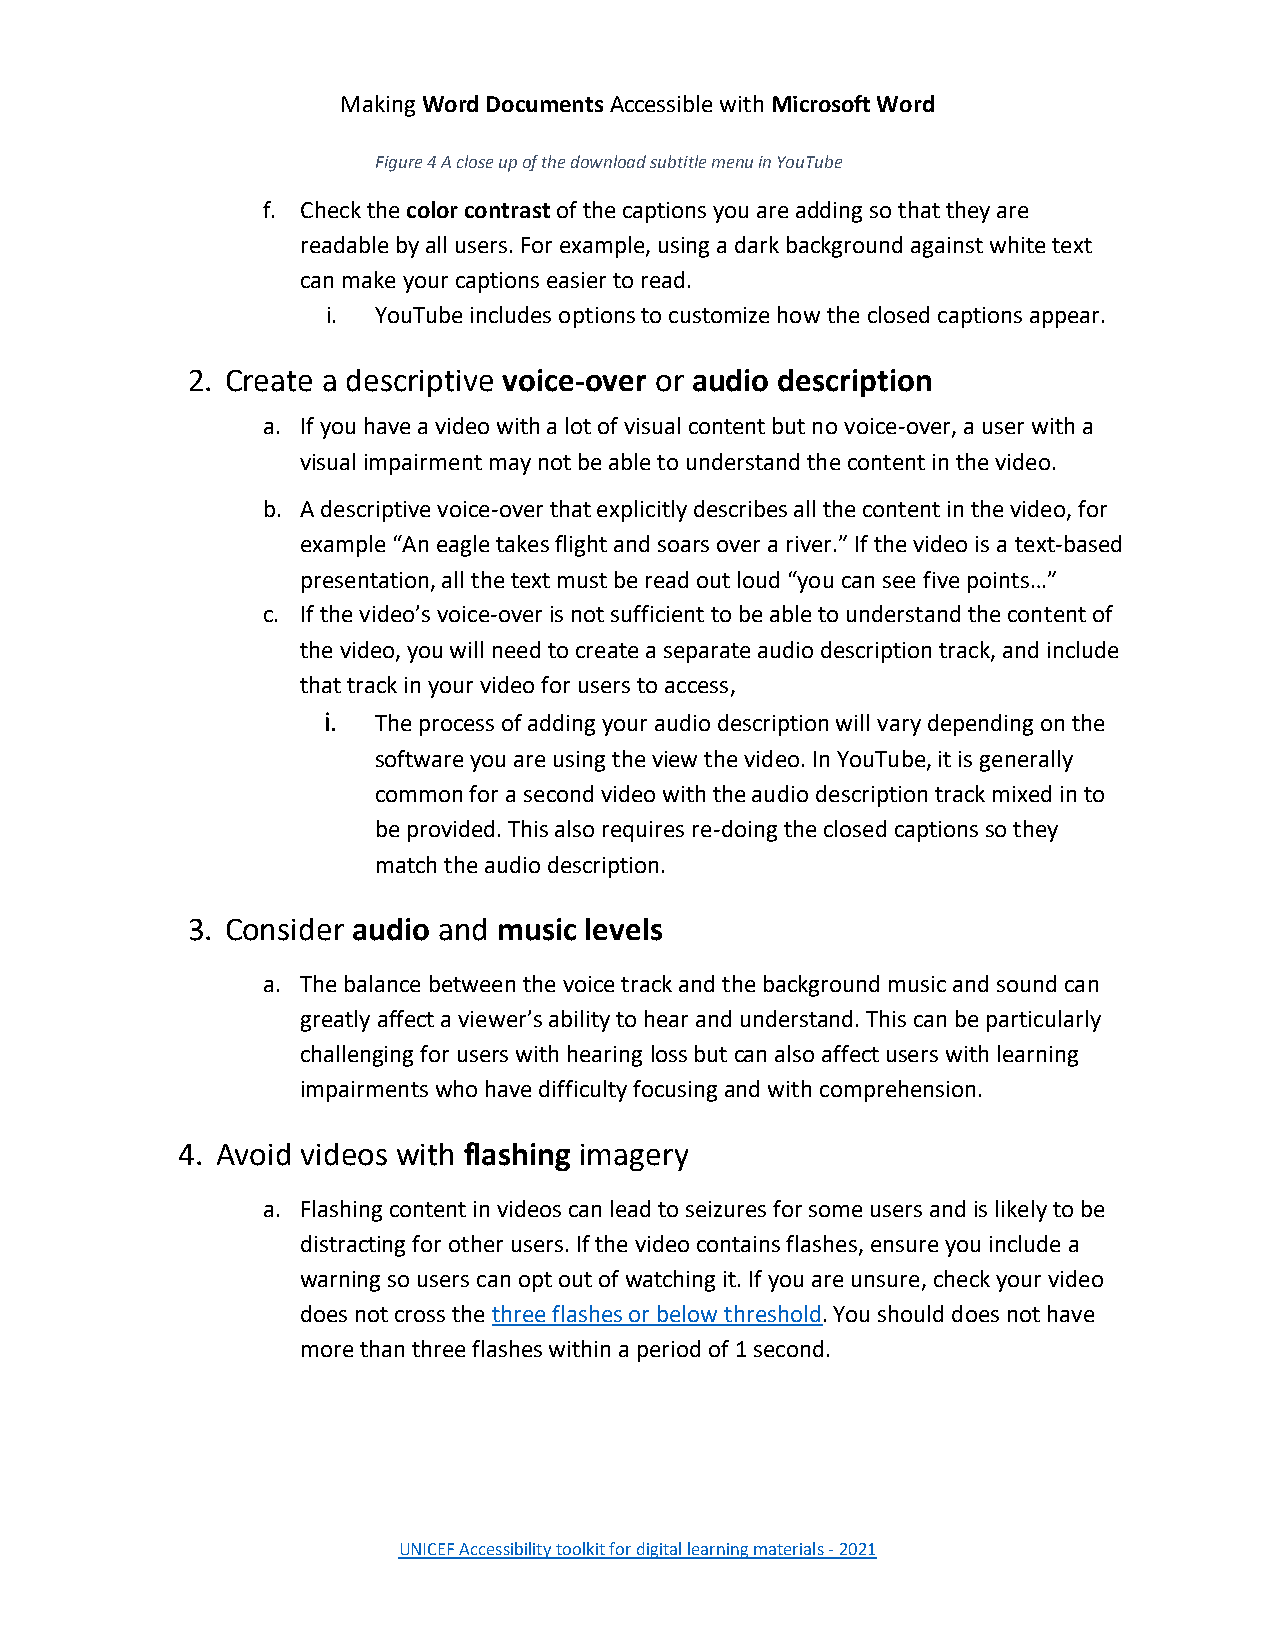
Making Word Documents Accessible with Microsoft Word
 Figure 4 A close up of the download subtitle menu in YouTube
 f. Check the color contrast of the captions you are adding so that they are
 readable by all users. For example, using a dark background against white text
 can make your captions easier to read.
 i. YouTube includes options to customize how the closed captions appear.
 2. Create a descriptive voice-over or audio description
 a. If you have a video with a lot of visual content but no voice-over, a user with a
 visual impairment may not be able to understand the content in the video.
 b. A descriptive voice-over that explicitly describes all the content in the video, for
 example “An eagle takes flight and soars over a river.” If the video is a text-based
 presentation, all the text must be read out loud “you can see five points…”
 c. If the video’s voice-over is not sufficient to be able to understand the content of
 the video, you will need to create a separate audio description track, and include
 that track in your video for users to access,
 i.  The process of adding your audio description will vary depending on the
 software you are using the view the video. In YouTube, it is generally
 common for a second video with the audio description track mixed in to
 be provided. This also requires re-doing the closed captions so they
 match the audio description.
 3. Consider audio and music levels
 a. The balance between the voice track and the background music and sound can
 greatly affect a viewer’s ability to hear and understand. This can be particularly
 challenging for users with hearing loss but can also affect users with learning
 impairments who have difficulty focusing and with comprehension.
 4. Avoid videos with flashing imagery
 a. Flashing content in videos can lead to seizures for some users and is likely to be
 distracting for other users. If the video contains flashes, ensure you include a
 warning so users can opt out of watching it. If you are unsure, check your video
 does not cross the three flashes or below threshold. You should does not have
 more than three flashes within a period of 1 second.
 UNICEF Accessibility toolkit for digital learning materials - 2021